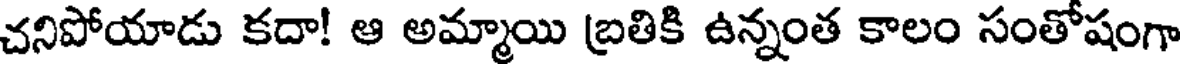
చనిపోయాడు కదా! ఆ అమ్మాయి బ్రతికి ఉన్నంత కాలం సంతోషంగా